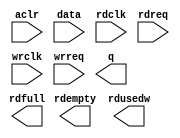
// megafunction wizard: %FIFO%VBB%
// GENERATION: STANDARD
// VERSION: WM1.0
// MODULE: dcfifo 

// ============================================================
// Megafunction Name(s):
// 			dcfifo
//
// Simulation Library Files(s):
// 			altera_mf
// ============================================================
// ************************************************************
// THIS IS A WIZARD-GENERATED FILE. DO NOT EDIT THIS FILE!
//
// 18.1.0 Build 625 09/12/2018 SJ Standard Edition
// ************************************************************

//Copyright (C) 2018  Intel Corporation. All rights reserved.
//Your use of Intel Corporation's design tools, logic functions 
//and other software and tools, and its AMPP partner logic 
//functions, and any output files from any of the foregoing 
//(including device programming or simulation files), and any 
//associated documentation or information are expressly subject 
//to the terms and conditions of the Intel Program License 
//Subscription Agreement, the Intel Quartus Prime License Agreement,
//the Intel FPGA IP License Agreement, or other applicable license
//agreement, including, without limitation, that your use is for
//the sole purpose of programming logic devices manufactured by
//Intel and sold by Intel or its authorized distributors.  Please
//refer to the applicable agreement for further details.

module fifo (
	aclr,
	data,
	rdclk,
	rdreq,
	wrclk,
	wrreq,
	q,
	rdempty,
	rdfull,
	rdusedw);

	input	  aclr;
	input	[31:0]  data;
	input	  rdclk;
	input	  rdreq;
	input	  wrclk;
	input	  wrreq;
	output	[31:0]  q;
	output	  rdempty;
	output	  rdfull;
	output	[7:0]  rdusedw;
`ifndef ALTERA_RESERVED_QIS
// synopsys translate_off
`endif
	tri0	  aclr;
`ifndef ALTERA_RESERVED_QIS
// synopsys translate_on
`endif

endmodule

// ============================================================
// CNX file retrieval info
// ============================================================
// Retrieval info: PRIVATE: AlmostEmpty NUMERIC "0"
// Retrieval info: PRIVATE: AlmostEmptyThr NUMERIC "-1"
// Retrieval info: PRIVATE: AlmostFull NUMERIC "0"
// Retrieval info: PRIVATE: AlmostFullThr NUMERIC "-1"
// Retrieval info: PRIVATE: CLOCKS_ARE_SYNCHRONIZED NUMERIC "1"
// Retrieval info: PRIVATE: Clock NUMERIC "4"
// Retrieval info: PRIVATE: Depth NUMERIC "256"
// Retrieval info: PRIVATE: Empty NUMERIC "1"
// Retrieval info: PRIVATE: Full NUMERIC "1"
// Retrieval info: PRIVATE: INTENDED_DEVICE_FAMILY STRING "Cyclone IV E"
// Retrieval info: PRIVATE: LE_BasedFIFO NUMERIC "0"
// Retrieval info: PRIVATE: LegacyRREQ NUMERIC "1"
// Retrieval info: PRIVATE: MAX_DEPTH_BY_9 NUMERIC "0"
// Retrieval info: PRIVATE: OVERFLOW_CHECKING NUMERIC "0"
// Retrieval info: PRIVATE: Optimize NUMERIC "2"
// Retrieval info: PRIVATE: RAM_BLOCK_TYPE NUMERIC "0"
// Retrieval info: PRIVATE: SYNTH_WRAPPER_GEN_POSTFIX STRING "0"
// Retrieval info: PRIVATE: UNDERFLOW_CHECKING NUMERIC "0"
// Retrieval info: PRIVATE: UsedW NUMERIC "1"
// Retrieval info: PRIVATE: Width NUMERIC "32"
// Retrieval info: PRIVATE: dc_aclr NUMERIC "1"
// Retrieval info: PRIVATE: diff_widths NUMERIC "0"
// Retrieval info: PRIVATE: msb_usedw NUMERIC "0"
// Retrieval info: PRIVATE: output_width NUMERIC "32"
// Retrieval info: PRIVATE: rsEmpty NUMERIC "1"
// Retrieval info: PRIVATE: rsFull NUMERIC "1"
// Retrieval info: PRIVATE: rsUsedW NUMERIC "1"
// Retrieval info: PRIVATE: sc_aclr NUMERIC "0"
// Retrieval info: PRIVATE: sc_sclr NUMERIC "0"
// Retrieval info: PRIVATE: wsEmpty NUMERIC "0"
// Retrieval info: PRIVATE: wsFull NUMERIC "0"
// Retrieval info: PRIVATE: wsUsedW NUMERIC "0"
// Retrieval info: LIBRARY: altera_mf altera_mf.altera_mf_components.all
// Retrieval info: CONSTANT: INTENDED_DEVICE_FAMILY STRING "Cyclone IV E"
// Retrieval info: CONSTANT: LPM_NUMWORDS NUMERIC "256"
// Retrieval info: CONSTANT: LPM_SHOWAHEAD STRING "OFF"
// Retrieval info: CONSTANT: LPM_TYPE STRING "dcfifo"
// Retrieval info: CONSTANT: LPM_WIDTH NUMERIC "32"
// Retrieval info: CONSTANT: LPM_WIDTHU NUMERIC "8"
// Retrieval info: CONSTANT: OVERFLOW_CHECKING STRING "ON"
// Retrieval info: CONSTANT: RDSYNC_DELAYPIPE NUMERIC "3"
// Retrieval info: CONSTANT: READ_ACLR_SYNCH STRING "OFF"
// Retrieval info: CONSTANT: UNDERFLOW_CHECKING STRING "ON"
// Retrieval info: CONSTANT: USE_EAB STRING "ON"
// Retrieval info: CONSTANT: WRITE_ACLR_SYNCH STRING "ON"
// Retrieval info: CONSTANT: WRSYNC_DELAYPIPE NUMERIC "3"
// Retrieval info: USED_PORT: aclr 0 0 0 0 INPUT GND "aclr"
// Retrieval info: USED_PORT: data 0 0 32 0 INPUT NODEFVAL "data[31..0]"
// Retrieval info: USED_PORT: q 0 0 32 0 OUTPUT NODEFVAL "q[31..0]"
// Retrieval info: USED_PORT: rdclk 0 0 0 0 INPUT NODEFVAL "rdclk"
// Retrieval info: USED_PORT: rdempty 0 0 0 0 OUTPUT NODEFVAL "rdempty"
// Retrieval info: USED_PORT: rdfull 0 0 0 0 OUTPUT NODEFVAL "rdfull"
// Retrieval info: USED_PORT: rdreq 0 0 0 0 INPUT NODEFVAL "rdreq"
// Retrieval info: USED_PORT: rdusedw 0 0 8 0 OUTPUT NODEFVAL "rdusedw[7..0]"
// Retrieval info: USED_PORT: wrclk 0 0 0 0 INPUT NODEFVAL "wrclk"
// Retrieval info: USED_PORT: wrreq 0 0 0 0 INPUT NODEFVAL "wrreq"
// Retrieval info: CONNECT: @aclr 0 0 0 0 aclr 0 0 0 0
// Retrieval info: CONNECT: @data 0 0 32 0 data 0 0 32 0
// Retrieval info: CONNECT: @rdclk 0 0 0 0 rdclk 0 0 0 0
// Retrieval info: CONNECT: @rdreq 0 0 0 0 rdreq 0 0 0 0
// Retrieval info: CONNECT: @wrclk 0 0 0 0 wrclk 0 0 0 0
// Retrieval info: CONNECT: @wrreq 0 0 0 0 wrreq 0 0 0 0
// Retrieval info: CONNECT: q 0 0 32 0 @q 0 0 32 0
// Retrieval info: CONNECT: rdempty 0 0 0 0 @rdempty 0 0 0 0
// Retrieval info: CONNECT: rdfull 0 0 0 0 @rdfull 0 0 0 0
// Retrieval info: CONNECT: rdusedw 0 0 8 0 @rdusedw 0 0 8 0
// Retrieval info: GEN_FILE: TYPE_NORMAL fifo.v TRUE
// Retrieval info: GEN_FILE: TYPE_NORMAL fifo.inc FALSE
// Retrieval info: GEN_FILE: TYPE_NORMAL fifo.cmp FALSE
// Retrieval info: GEN_FILE: TYPE_NORMAL fifo.bsf FALSE
// Retrieval info: GEN_FILE: TYPE_NORMAL fifo_inst.v FALSE
// Retrieval info: GEN_FILE: TYPE_NORMAL fifo_bb.v TRUE
// Retrieval info: LIB_FILE: altera_mf